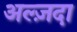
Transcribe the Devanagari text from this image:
अल्ज़दा